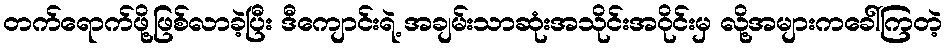
တက်ရောက်ဖို့ဖြစ်လာခဲ့ပြီး ဒီကျောင်းရဲ့ အချမ်းသာဆုံးအသိုင်းအဝိုင်းမှ လို့အများကခေါ်ကြတဲ့